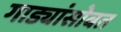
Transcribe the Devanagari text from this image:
गाड्यांसोबत